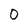
Character: 0